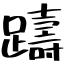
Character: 躊